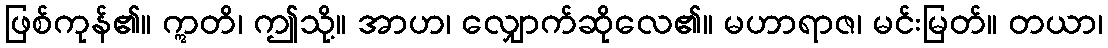
ဖြစ်ကုန်၏။ ဣတိ၊ ဤသို့။ အာဟ၊ လျှောက်ဆိုလေ၏။ မဟာရာဇ၊ မင်းမြတ်။ တယာ၊